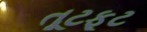
તૂટફૂટ